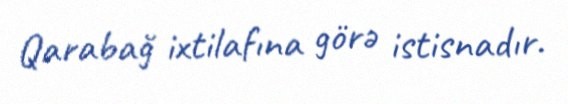
Qarabağ ixtilafına görə istisnadır.